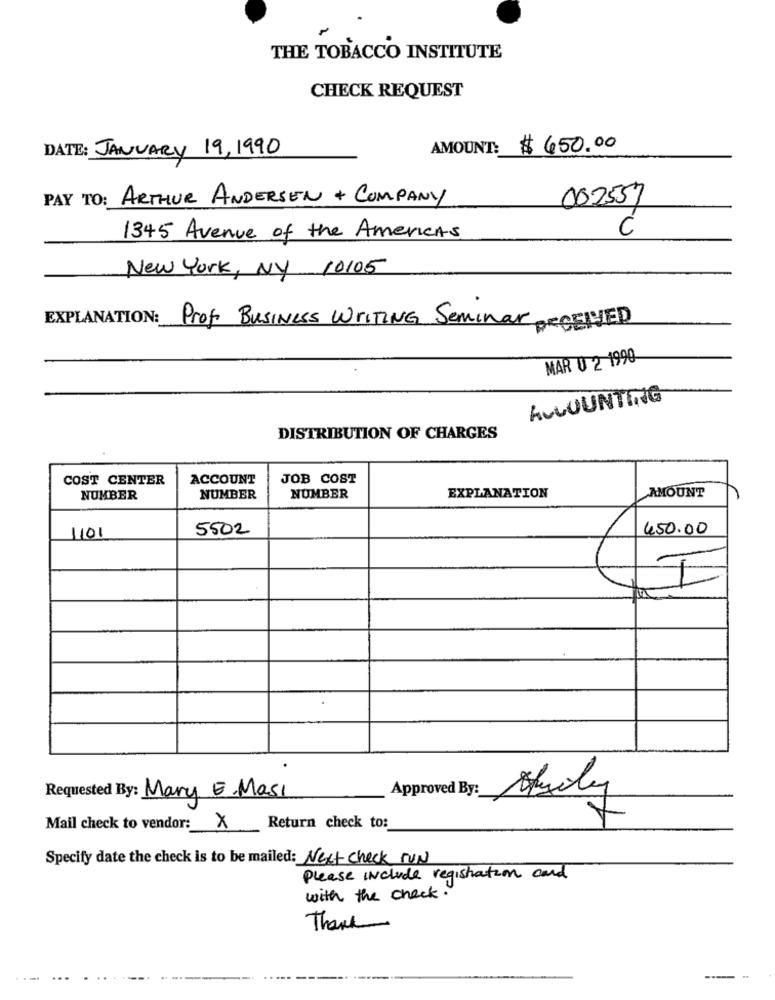
THE TOBACCO INSTITUTE
CHECK REQUEST
DATE: JANUARY 19, 1990
AMOUNT: $ 650.00
PAY TO: ARTHUR ANDERSEN + COMPANY
002557
1345 Avenue of the Americas
New York, NY 10105
EXPLANATION:
Prof. Business WRITING Seminar RECEIVED
MAR 0 2 1990
ACCOUNTING
DISTRIBUTION OF CHARGES
COST CENTER
ACCOUNT
JOB COST
EXPLANATION
NUMBER
NUMBER
NUMBER
AMOUNT
5502
450.00
1101
I
Approved By:
Requested By: Mary E.Masi
Mail check to vendor: X
Return check to:
7
Specify date the check is to be mailed: Next Check FUN
Please Include registration card
with the check.
Thank
--